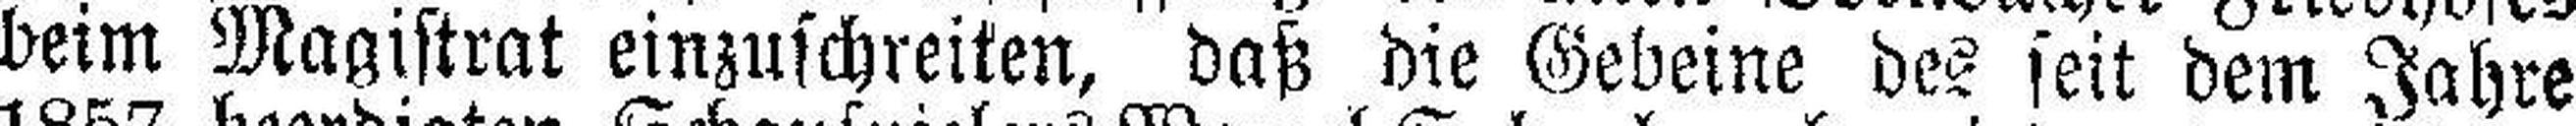
beim Magistrat einzuschreiten, daß die Gebeine des seit dem Jahre